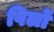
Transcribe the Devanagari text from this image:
पिर्लो